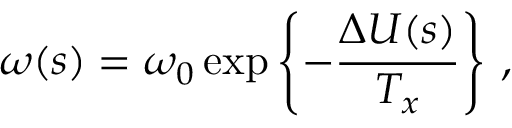
\omega ( s ) = \omega _ { 0 } \exp \left\{ - \frac { \Delta U ( s ) } { T _ { x } } \right\} \, ,